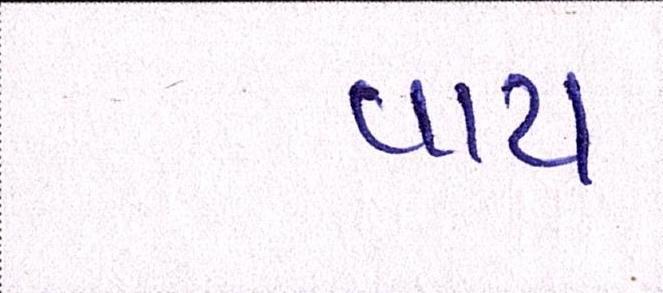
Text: વાય